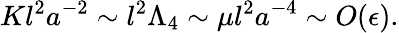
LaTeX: Kl^{2}a^{-2}\sim l^{2}\Lambda_{4}\sim\mu l^{2}a^{-4}\sim O(\epsilon).